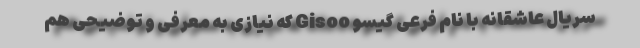
سریال عاشقانه با نام فرعی گیسو Gisoo که نیازی به معرفی و توضیحی هم